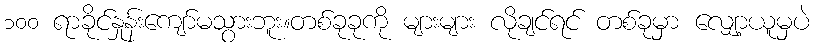
၁၀၀ ရာခိုင်နှုန်းကျော်မသွားဘူး။တစ်ခုခုကို များများ လိုချင်ရင် တစ်ခုမှာ လျှော့ယူမှပဲ